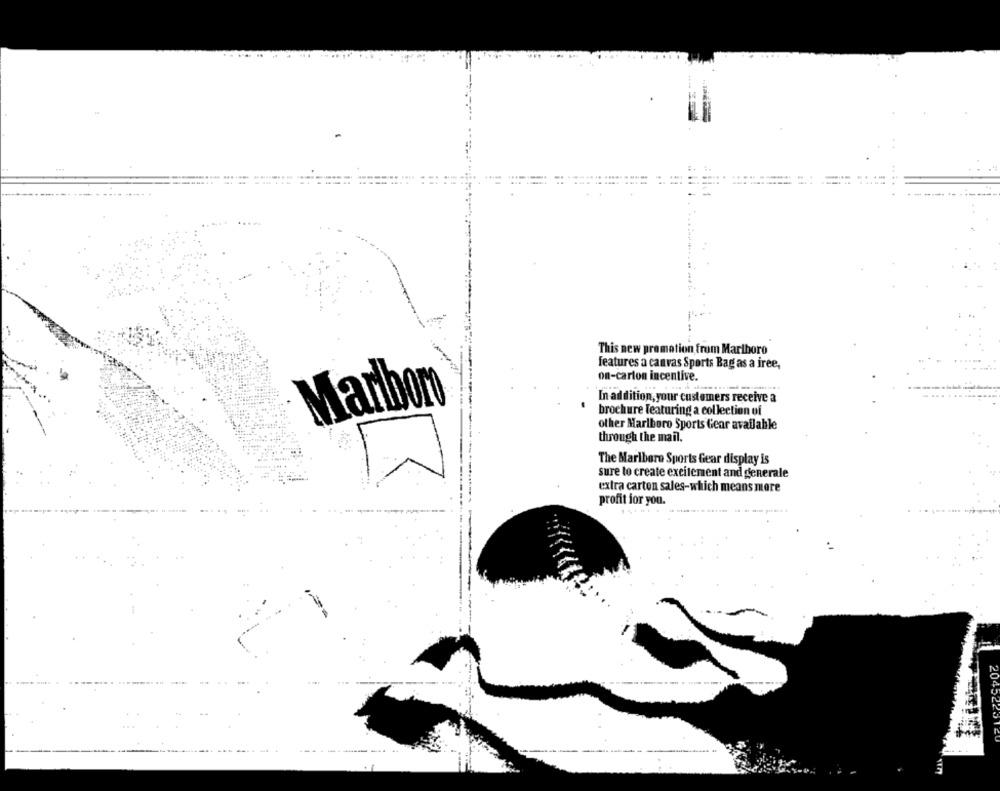
...
This new promotion from Marlboro
features a canvas Sports Bag as a free,
on-carton incentive.
Marlboro
In addition, your customers receive a
brochure featuring a collection of
other Marlboro Sports Gear available
through the mail.
The Marlboro Sports Gear display is
sure to create excitement and generale
extra carton sales-which means more
profit for you.
20424